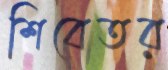
শিবেতর